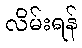
လိမ်းရန်